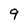
Character: 9